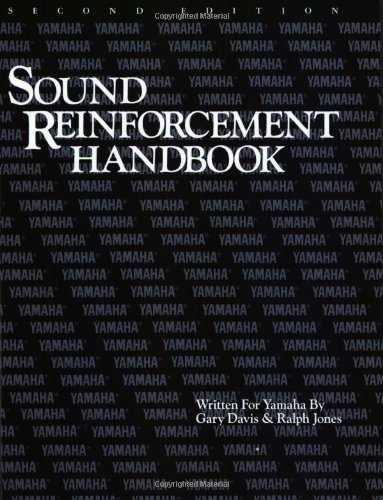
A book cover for The Sound Reinforcement Handbook; Engineering & Transportation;